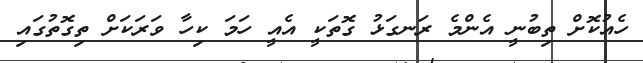
ހެއުކޮށް ތިބުނީ އެންމެ ރަނގަޅު ގޮތަކީ އެއީ ހަމަ ކިހާ ވަރަކަށް ތިގޮތުގައި